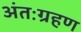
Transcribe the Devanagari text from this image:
अंतःग्रहण